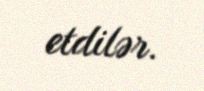
etdilər.